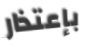
بإعتذار